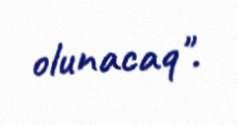
olunacaq".